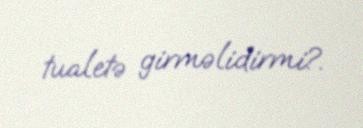
tualetə girməlidirmi?.